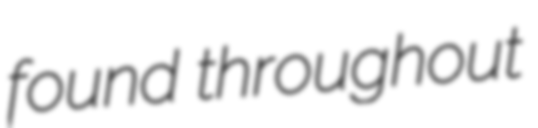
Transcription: found throughout